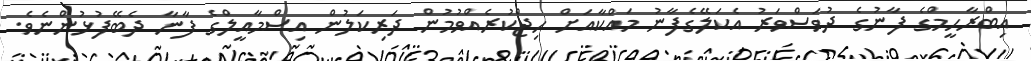
އިބްރާހީމްގެ ފާނުގެ ދުވަސްވަރު އެކަލޭގެފާނު މައްކާއަށް ހިޖްކުރެއްވުމުން ދަރިކަލުން އިސްމާއީލްގެ ފާނާ ދެބޭފުޅުންނެވެ.